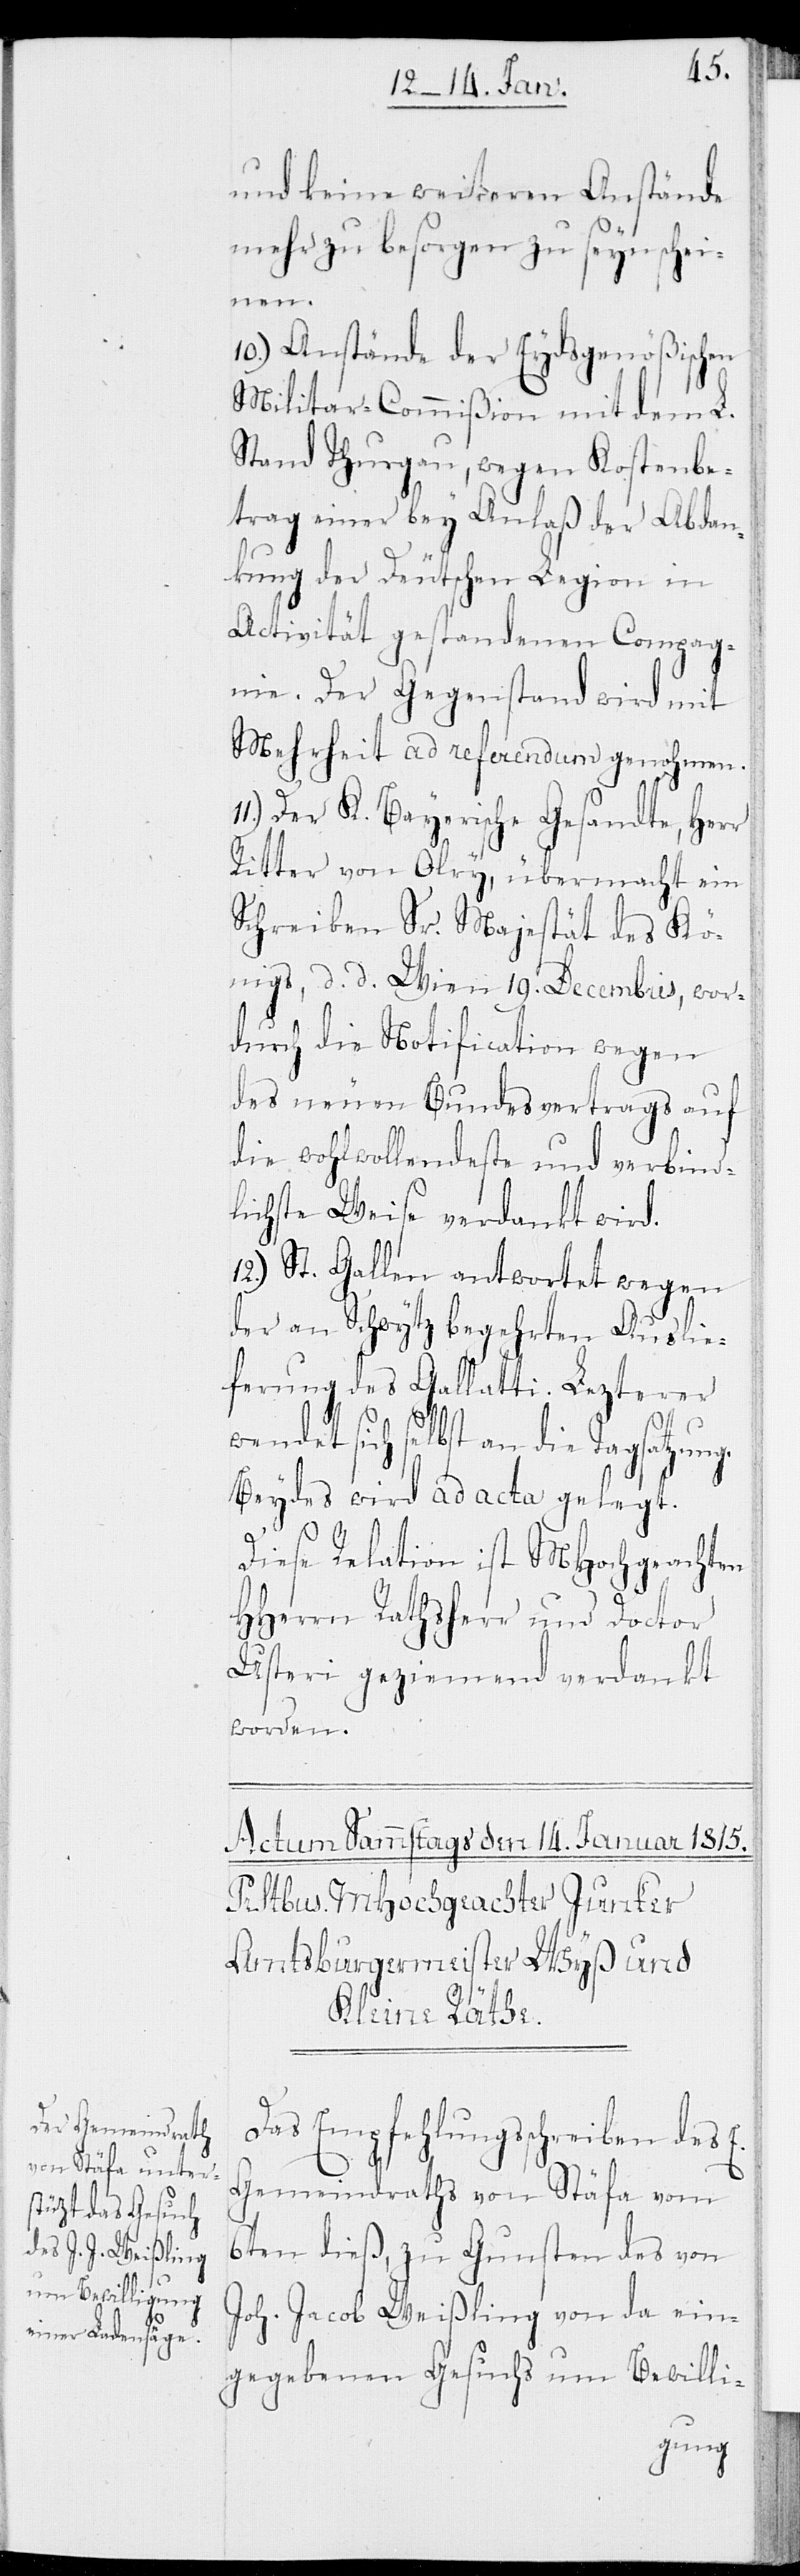
und keine weiteren Anstände
mehr zu besorgen zu seyn schei¬
nen.
10.) Anstände der Eydsgenößischen
Militar-Commißion mit dem L.
Stand Thurgau, wegen Kostenbe¬
trag einer bey Anlaß der Abdan¬
kung der Deutschen Legion in
Activität gestandenen Compag¬
nie. Der Gegenstand wird mit
Mehrheit ad referendum genohmen.
Der K. Bayerische Gesandte, Herr
Ritter von Olry, übermacht ein
Schreiben Sr. Majestät des Kö¬
nigs, d. d. Wien 19. Decembris, wor¬
durch die Notification wegen
des neuen Bundesvertrags auf
die wohlwollendeste und verbind¬
lichste Weise verdankt wird.
12.) St. Gallen antwortet wegen
der an Schwytz begehrten Auslie¬
ferung des Gallatti. Lezterer
sich selbst an die Tagsatzung.
Beydes wird ad acta gelegt.
Diese Relation ist MHochgeachten
HHerrn Rathsherr und Doctor
Usteri geziemend verdankt
worden.
Das Empfehlungsschreiben des
Gemeindraths von Stäfa vom
6ten dieß, zu Gunsten des von
Joh. Jacob Weißling von da ein¬
gegebenen Gesuchs um Bewilli-